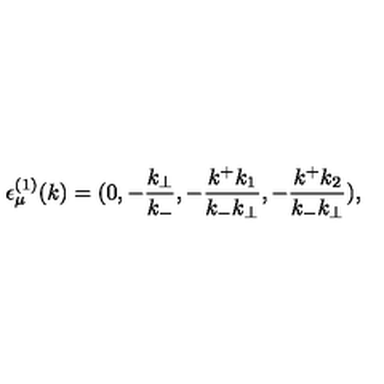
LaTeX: { \epsilon } _ { \mu } ^ { ( 1 ) } ( k ) = ( 0 , - \frac { k _ { \bot } } { k _ { - } } , - \frac { k ^ { + } k _ { 1 } } { k _ { - } k _ { \bot } } , - \frac { k ^ { + } k _ { 2 } } { k _ { - } k _ { \bot } } ) ,